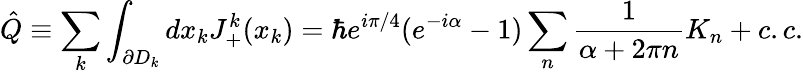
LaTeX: \hat{Q}\equiv\sum_{k}\int_{\partial D_{k}}dx_{k}J_{+}^{k}(x_{k})=\hbar e^{i\pi/4}(e^{-i\alpha}-1)\sum_{n}\frac{1}{\alpha+2\pi n}K_{n}+c.c.